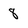
Character: 8